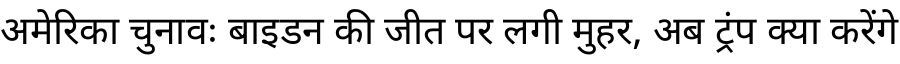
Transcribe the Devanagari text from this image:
अमेरिका चुनावः बाइडन की जीत पर लगी मुहर, अब ट्रंप क्या करेंगे